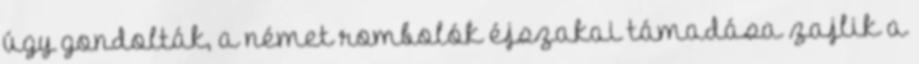
úgy gondolták, a német rombolók éjszakai támadása zajlik a